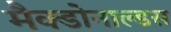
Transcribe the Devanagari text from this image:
मैक्डोनाल्डस